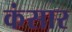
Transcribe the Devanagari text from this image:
कंसार